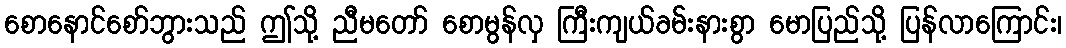
စောနောင်စော်ဘွားသည် ဤသို့ ညီမတော် စောမွန်လှ ကြီးကျယ်ခမ်းနားစွာ မောပြည်သို့ ပြန်လာကြောင်း၊